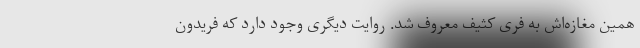
همین مغازه‌اش به فری کثیف معروف شد. روایت دیگری وجود دارد که فریدون